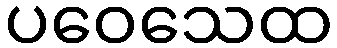
ပဝေသေထ